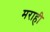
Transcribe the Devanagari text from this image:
मराही